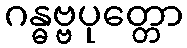
ဂန္ဓဗ္ဗပုတ္တော